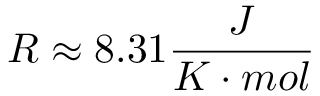
R \approx 8 . 3 1 \frac { J } { K \cdot m o l }